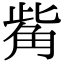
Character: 觜